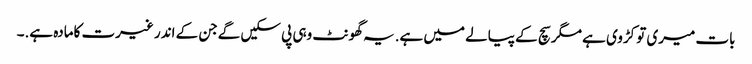
بات میری تو کڑوی ہے مگر سچ کے پیالے میں ہے.یہ گھونٹ وہی پی سکیں گےجن کے اندر غیرت کامادہ ہے.۔